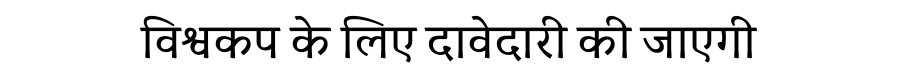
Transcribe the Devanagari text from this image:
विश्वकप के लिए दावेदारी की जाएगी